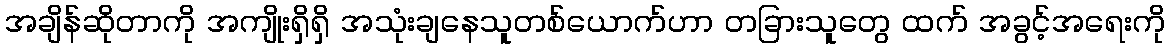
အချိန်ဆိုတာကို အကျိုးရှိရှိ အသုံးချနေသူတစ်ယောက်ဟာ တခြားသူတွေ ထက် အခွင့်အရေးကို